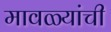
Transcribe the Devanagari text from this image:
मावळ्यांची